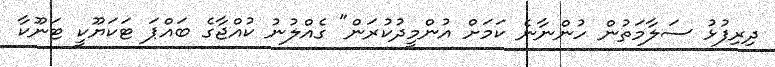
ދިރިފުޅު ސަލާމަތުން ހުންނާނެ ކަމަށް އުންމީދުކުރަން" ގެއްލުނު ކުއްޖާގެ ބައްޕަ ޓަކަޔޫކީ ޓަނޫކާ